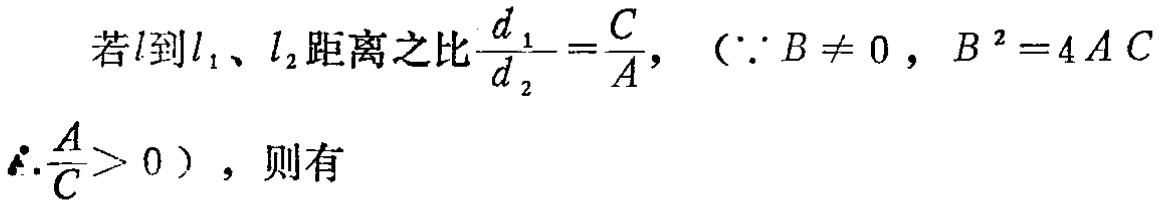
若\(l\)到\(l_1\)、\(l_2\)距离之比\(\frac{d_1}{d_2}=\frac{C}{A}\)，（\(\because B\neq 0\)，\(B^{2}=4AC\)，\(\therefore\frac{A}{C}>0\)），则有